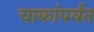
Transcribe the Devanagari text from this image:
चाकांपर्यंत